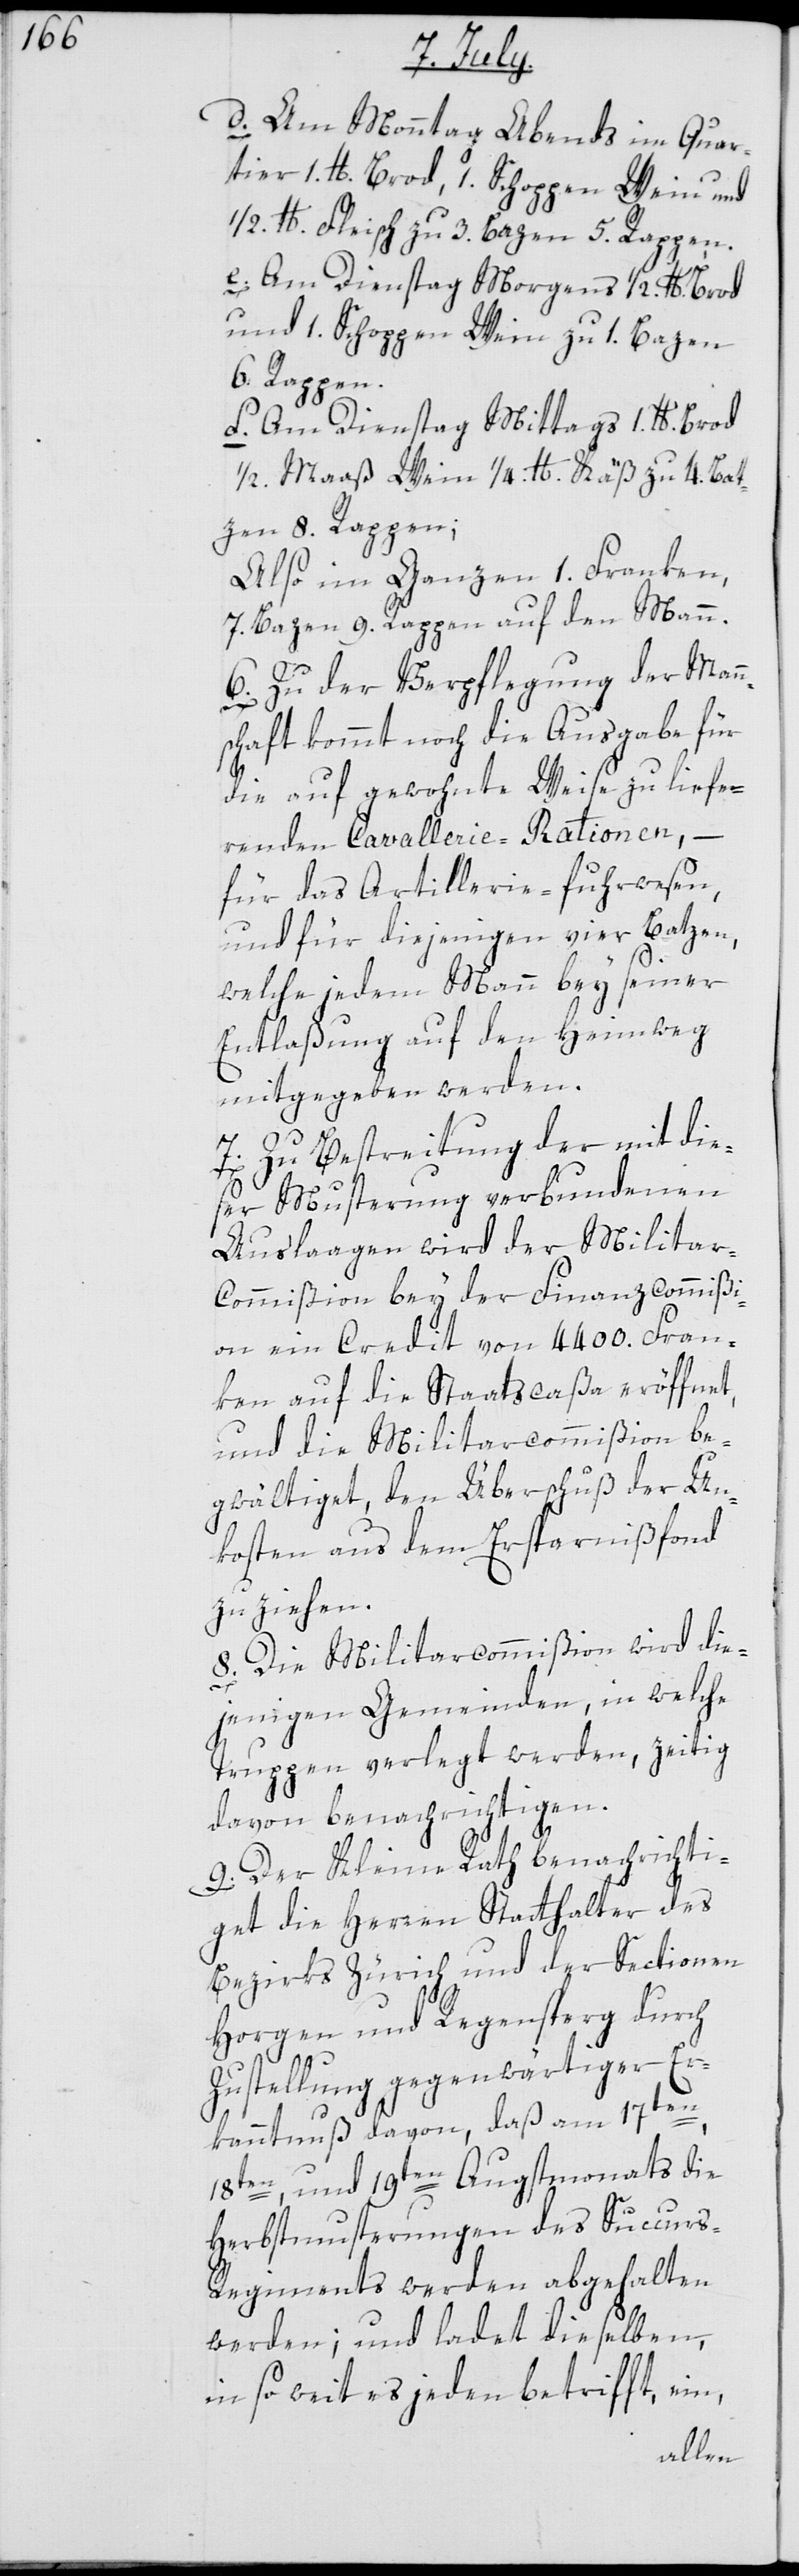
d. Am Monntag Abends im Quar¬
tier 1. lb. Brod, 1. Schoppen Wein und
1/2. lb. Fleisch zu 3. Bazen 5. Rappen.
e. Am Dienstag Morgens 1/2. lb. Brod
und 1. Schoppen Wein zu 1. Bazen
6. Rappen.
f. Am Dienstag Mittags 1. lb. Brod
1/2. Maaß Wein 1/4. lb. Käß zu 4. Bat¬
zen 8. Rappen;
Also im Ganzen 1. Franken,
7. Bazen 9. Rappen auf den Mann.
6. Zu der Verpflegung der Mann¬
schaft kommt noch die Ausgabe für
die auf gewohnte Weise zu liefe¬
renden Cavallerie-Rationen, –
für das Artillerie-fuhrwesen,
und für diejenigen vier Batzen,
welche jedem Mann bey seiner
Entlaßung auf den Heimweg
mitgegeben werden.
7. Zu Bestreitung der mit die¬
ser Musterung verbundenen
Auslaagen wird der Militar-C¬
ommißion bey der Finanzcommißi¬
on ein Credit von 4400. Fran¬
ken auf die Staatscaßa eröffnet,
und die Militarcommißion be¬
gwältiget, den Überschuß der Un¬
kosten aus dem Ersparnißfonds
zu ziehen.
8. Die Militarcommißion wird die¬
jenigen Gemeinden, in welche
Truppen verlegt werden, zeitig
davon benachrichtigen.
9. Der Kleine Rath benachrichti¬
get die Herren Statthalter des
Bezirks Zürich und der Sectionen
Horgen und Regensperg durch
Zustellung gegenwärtiger Er¬
kanntnuß davon, daß am 17ten,
18ten und 19ten Augstmonats die
Herbstmusterungen des Succur¬
s-Regiments werden abgehalten
werden; und ladet dieselben,
in soweit es jeden betrifft, ein,